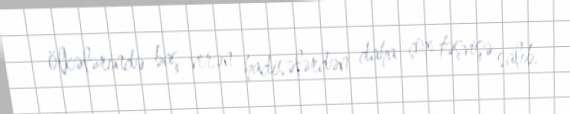
ölkələrində baş verən hadisələrdən daha çox təşvişə salıb.